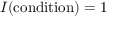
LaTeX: I ( { \mathrm { c o n d i t i o n } } ) = 1